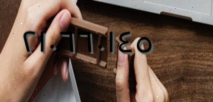
٢١٠٦٦٠١٤٥